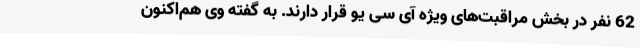
62 نفر در بخش مراقبت‌های ویژه آی سی یو قرار دارند. به گفته وی هم‌اکنون